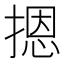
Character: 摁